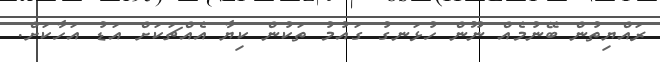
ރައްޔިތުން ބޭނުމެއް ނޫން ހުޅަނގު ގައުމު ތަކުން ކިޔާ އެއްޗަކަށް އަޑު އަހާކަށް.